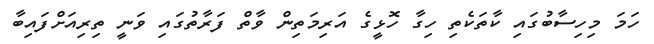
ހަމަ މިހިސާބުގައި ކާތަކެތި ހިގާ ހޮޅީގެ އަރިމަތިން ވާތް ފަރާތުގައި ވަނީ ތިރިއަށްފައިބާ